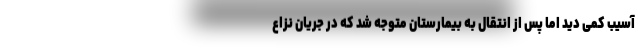
آسیب کمی دید اما پس از انتقال به بیمارستان متوجه شد که در جریان نزاع